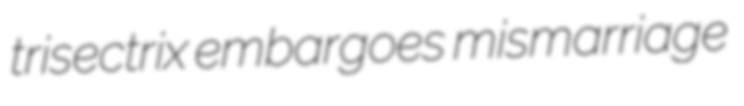
trisectrix embargoes mismarriage